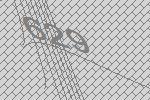
629